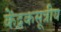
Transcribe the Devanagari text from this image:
केंद्रकसूत्रीय